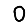
Digit: 0